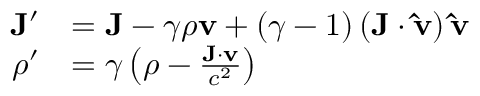
{ \begin{array} { r l } { \mathbf { J } ^ { \prime } } & { = \mathbf { J } - \gamma \rho \mathbf { v } + \left( \gamma - 1 \right) \left( \mathbf { J } \cdot \mathbf { \hat { v } } \right) \mathbf { \hat { v } } } \\ { \rho ^ { \prime } } & { = \gamma \left( \rho - { \frac { \mathbf { J } \cdot \mathbf { v } } { c ^ { 2 } } } \right) } \end{array} }